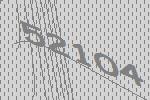
52104